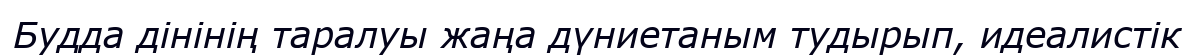
Будда дінінің таралуы жаңа дүниетаным тудырып, идеалистік